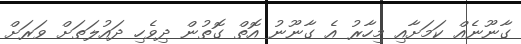
ގާނޫނެއް ކަަމަށާއި މިހާރު އެ ގާނޫނު އޮތް ގޮތުން ދިވެހި ދައުލަތަށް ވަރަށް